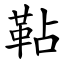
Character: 䩞